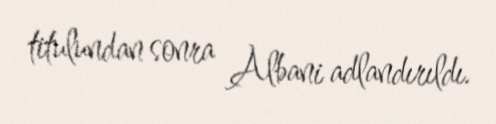
titulundan sonra Albani adlandırıldı.